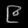
Digit: ၉